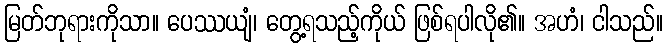
မြတ်ဘုရားကိုသာ။ ပေဿယျံ၊ တွေ့ရသည့်ကိုယ် ဖြစ်ရပါလို၏။ အဟံ၊ ငါသည်။